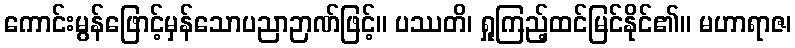
ကောင်းမွန်ဖြောင့်မှန်သောပညာဉာဏ်ဖြင့်။ ပဿတိ၊ ရှုကြည့်ထင်မြင်နိုင်၏။ မဟာရာဇ၊